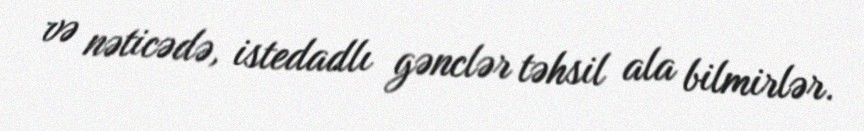
və nəticədə, istedadlı gənclər təhsil ala bilmirlər.